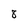
Character: 8